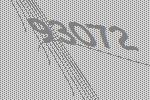
93072